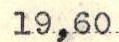
19,60